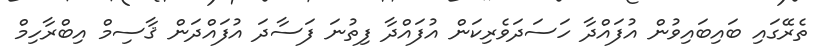
ތެރޭގައި ބައިބައިވުން އުފައްދާ ހަސަދަވެރިކަން އުފައްދާ ފިތުނަ ފަސާދަ އުފައްދަން ޤާސިމް އިބްރާހިމް